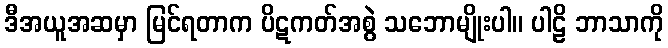
ဒီအယူအဆမှာ မြင်ရတာက ပိဋကတ်အစွဲ သဘောမျိုးပါ။ ပါဠိ ဘာသာကို